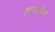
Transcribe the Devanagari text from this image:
हायफोंश